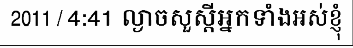
2011 / 4:41 ល្ងាចសួស្តីអ្នកទាំងអស់ខ្ញុំ